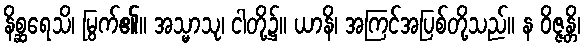
နိစ္ဆရေသိ၊ မြွက်၏။ အသ္မာသု၊ ငါတို့၌။ ယာနိ၊ အကြင်အပြစ်တို့သည်။ န ဝိဇ္ဇန္တိ၊